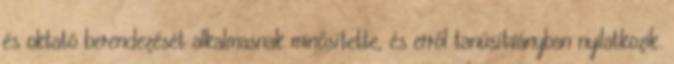
és oktató berendezését alkalmasnak minősítette, és erről tanúsítványban nyilatkozik.